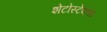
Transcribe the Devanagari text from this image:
शेटोस्टेकस